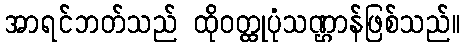
အာရင်ဘတ်သည် ထိုဝတ္ထုပုံသဏ္ဌာန်ဖြစ်သည်။